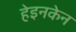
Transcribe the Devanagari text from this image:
हेइनकेन